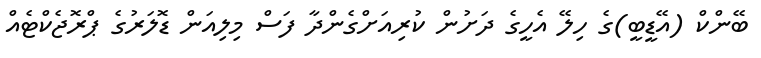
ބޭންކް (އޭޑީބީ)ގެ ހިލޭ އެހީގެ ދަށުން ކުރިއަށްގެންދާ ފަސް މިލިއަން ޑޮލަރުގެ ޕްރޮޖެކްޓެއް